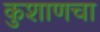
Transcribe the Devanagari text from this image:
कुशाणचा